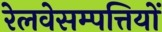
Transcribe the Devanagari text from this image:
रेलवेसम्पत्तियों